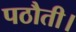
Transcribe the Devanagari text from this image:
पठौती।